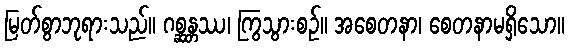
မြတ်စွာဘုရားသည်။ ဂစ္ဆန္တဿ၊ ကြွသွားစဉ်။ အစေတနာ၊ စေတနာမရှိသော။